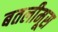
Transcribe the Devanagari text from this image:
बतलीमूस